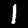
Digit: 1